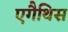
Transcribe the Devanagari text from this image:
एगैथिस